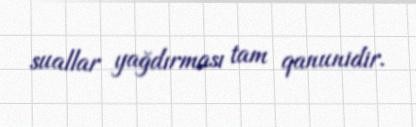
suallar yağdırması tam qanunidir.